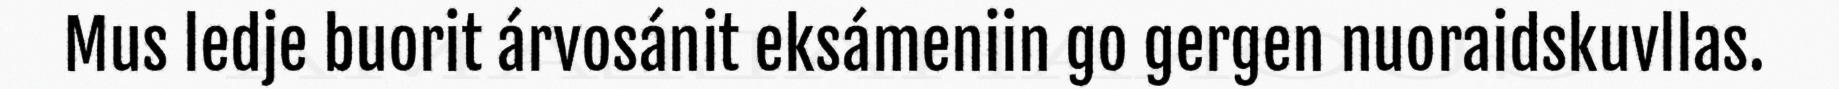
Mus ledje buorit árvosánit eksámeniin go gergen nuoraidskuvllas.